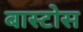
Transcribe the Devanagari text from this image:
बास्टोस